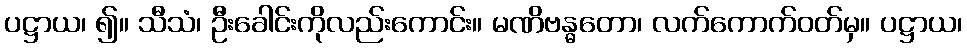
ပဋ္ဌာယ၊ ၍။ သီသံ၊ ဦးခေါင်းကိုလည်းကောင်း။ မဏိဗန္ဓတော၊ လက်ကောက်ဝတ်မှ။ ပဋ္ဌာယ၊